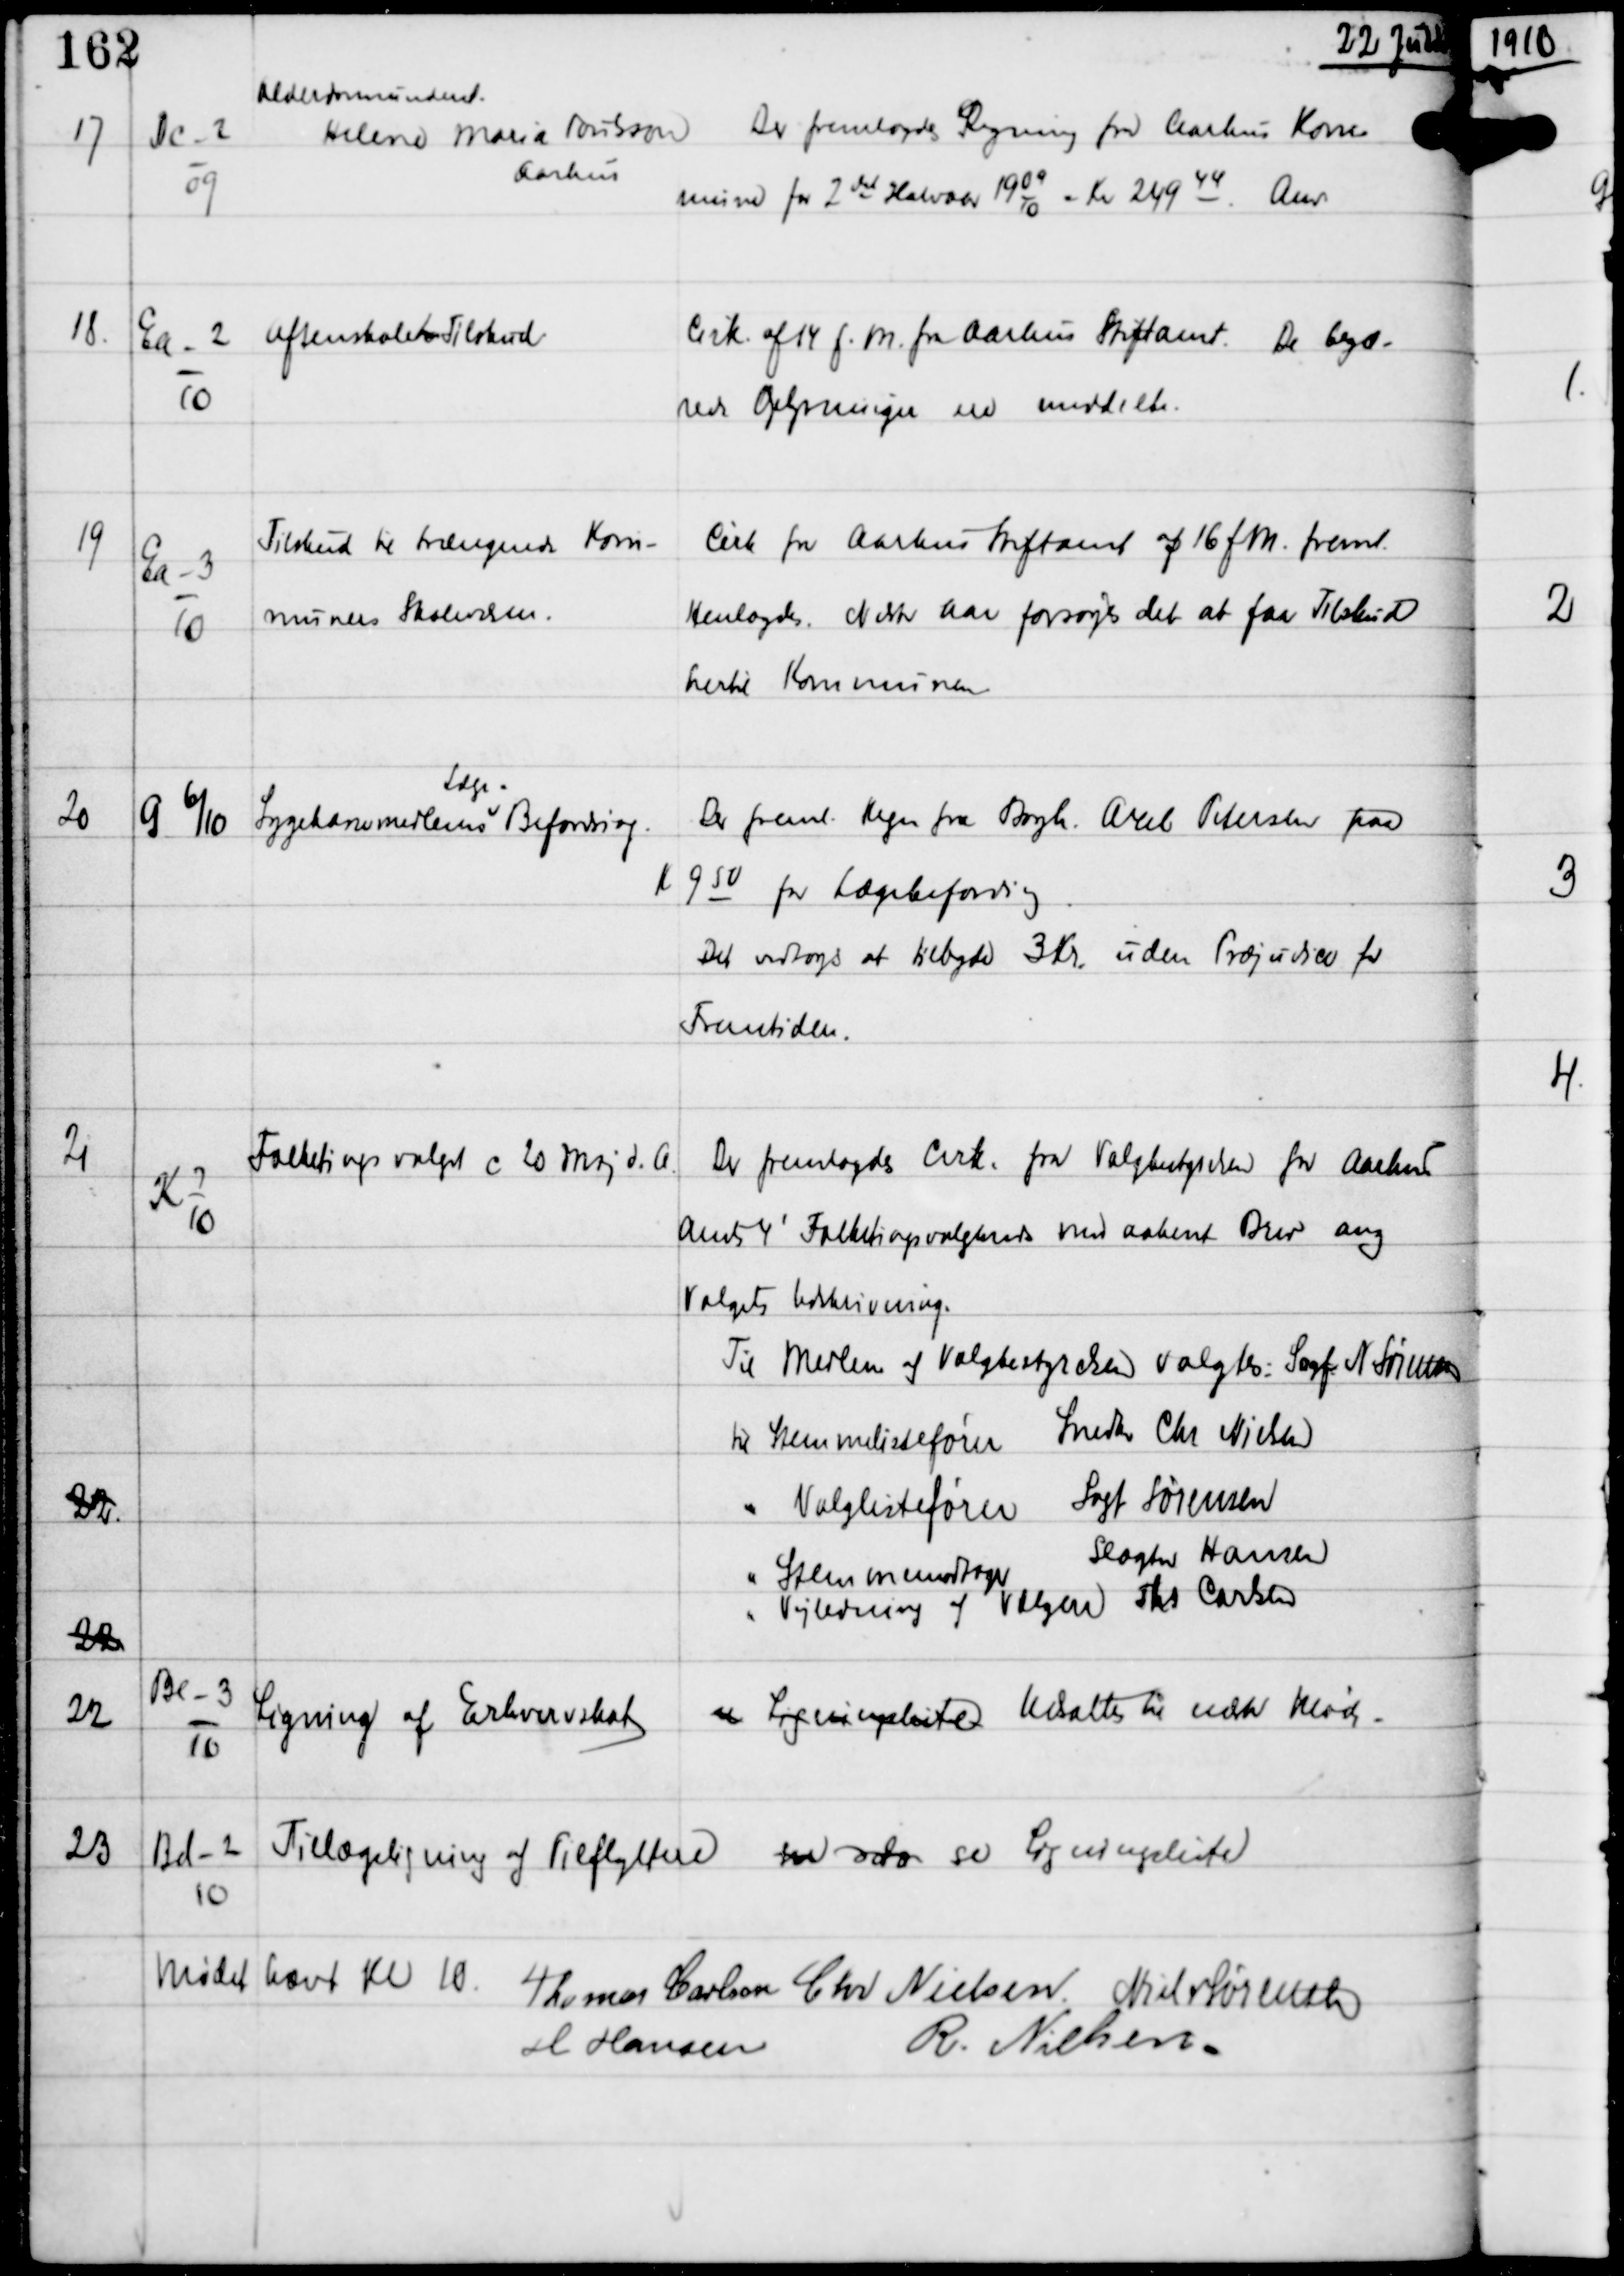
Transskription:
22 Juni

17

Dc-2
09

Alderdomsunderst
Helene Maria Porilsson
Aarhus

Der fremlagdes Regning fra Aarhus Kom-
mune for 2 det Halvaar 19
09
10
= Kr 249 44
Anv.

18.

Ea-2
10

Aftenskolernes Tilskud

Cirk af 14. f.M. fra Aarhus Stiftamt. De begæ-
rede Oplysninger ere meddelte.

19

Ea-3
10

Tilskud til trængende Kom-
muners Skolevæsen.

Cirk fra Aarhus Stiftamt af 16 f.M freml
Henlagdes.
Næste Aar forsøges det at faa Tilskud
hertil Kommunen

20

G 6/10

Sygekassemedlemmernes
Læge-
Befordring

Der freml Regn fra Røgter Axel Petersen paa
K 9 50 for Lægebefordring.
Det vedtoges at tilbyde 3 Kr uden Præjudice for
Fremtiden.

21

K 7
10

Folketingsvalget c 20 Maj d.A

Der fremlagdes Cirk. fra Valgbestyrelsen for Aarhus
Amts 4' Folketingsvalgkreds med aabent Brev ang
Valgets Udskrivning.
Til Medlem af Valgbestyrelsen valgtes: Sagf N Sørensen
til Stemmelistefører Snedker Chr Nielsen
" Valglistefører
Sagf Sørensen
" Stemmemodtager
Slagter Hansen
" Vejledning af Vælgere Ths Carlsen

22

22

22

Be-3
10

Ligning af Erhvervsskat

se Ligningsliste Udsattes til næste Møde -

23

Bd-2
10

Tillægsligning af Tilflyttere

en do se Ligningsliste

Mødet hævet Kl 10
Thomas Carlsen Chr Nielsen Niels Sørensen
H Hansen
R. Nielsen